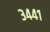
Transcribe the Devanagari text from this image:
३४४१